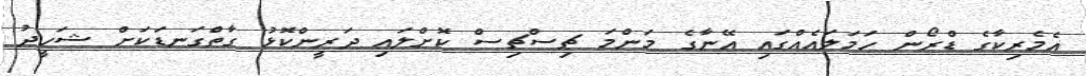
އެމެރިކާގެ ޑްރޯން ހަމަލައެއްގައި އޭނާގެ މަންމަ ޗިސްޗިސް ކޮށްލައި ދަރީންކޮޅު ގާތްގަނޑަކަށް ޝަހީދު